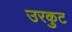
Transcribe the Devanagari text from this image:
उरकुट